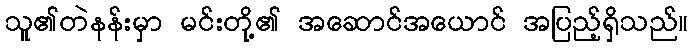
သူ၏တဲနန်းမှာ မင်းတို့၏ အဆောင်အယောင် အပြည့်ရှိသည်။